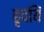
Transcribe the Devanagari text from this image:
हृदयिं